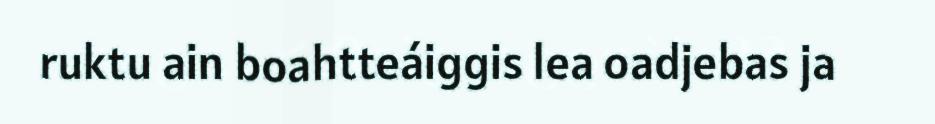
ruktu ain boahtteáiggis lea oadjebas ja